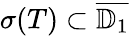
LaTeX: \sigma(T)\subset{\overline{{\mathbb{D}_{1}}}}